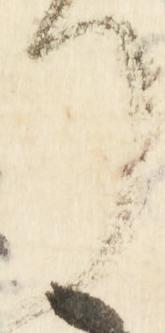
了